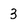
Character: 3